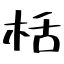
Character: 栝